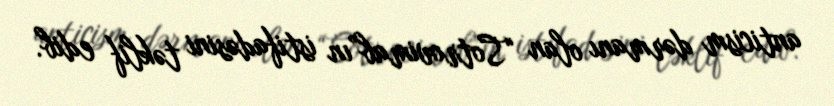
anticism dərmanı olan “Sotrovimab”ın istifadəsini təklif edib.